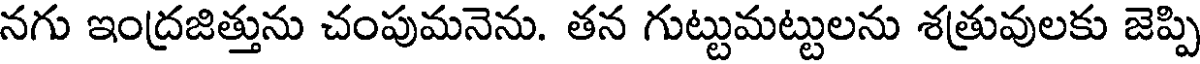
నగు ఇంద్రజిత్తును చంపుమనెను. తన గుట్టుమట్టులను శత్రువులకు జెప్పి